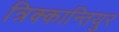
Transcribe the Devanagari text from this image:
त्रिक्कान्तियुर